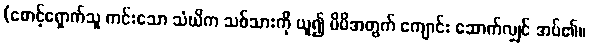
(စောင့်ရှောက်သူ ကင်းသော သံဃိက သစ်သားကို ယူ၍ မိမိအတွက် ကျောင်း ဆောက်လျှင် အပ်၏။